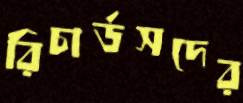
রিচার্ডসদের